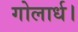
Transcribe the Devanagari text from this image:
गोलार्ध।